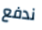
ندفع